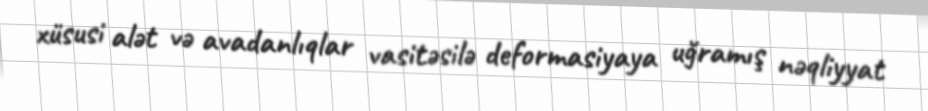
xüsusi alət və avadanlıqlar vasitəsilə deformasiyaya uğramış nəqliyyat